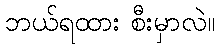
ဘယ်ရထား စီးမှာလဲ။